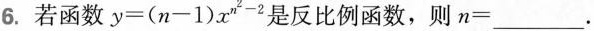
6.若函数$$y=(n-1)x^{n^{2}-2}$$是反比例函数，则$$n=___$$.